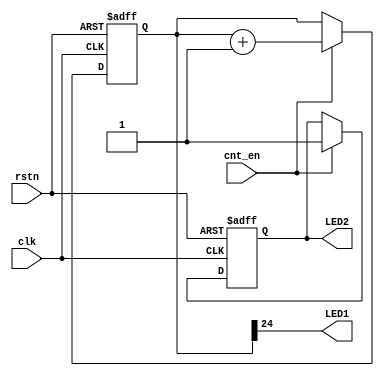
module debug_cnt (
input wire clk,
input wire rstn,
input wire cnt_en,
output LED1,
output LED2
);
parameter CNT_WIDTH = 25;
reg [CNT_WIDTH-1:0] cnt;
reg event_detect;

always @ (posedge clk or negedge rstn)
begin
	if(!rstn)
	begin
		cnt <= 0;
		event_detect <= 1'b0;
	end
	else
	begin 
		if(cnt_en)
		begin
			cnt <= cnt + 1;
			event_detect <= 1'b1;
		end
	end
end


assign LED1   = cnt[CNT_WIDTH-1];
assign LED2   = event_detect;

endmodule